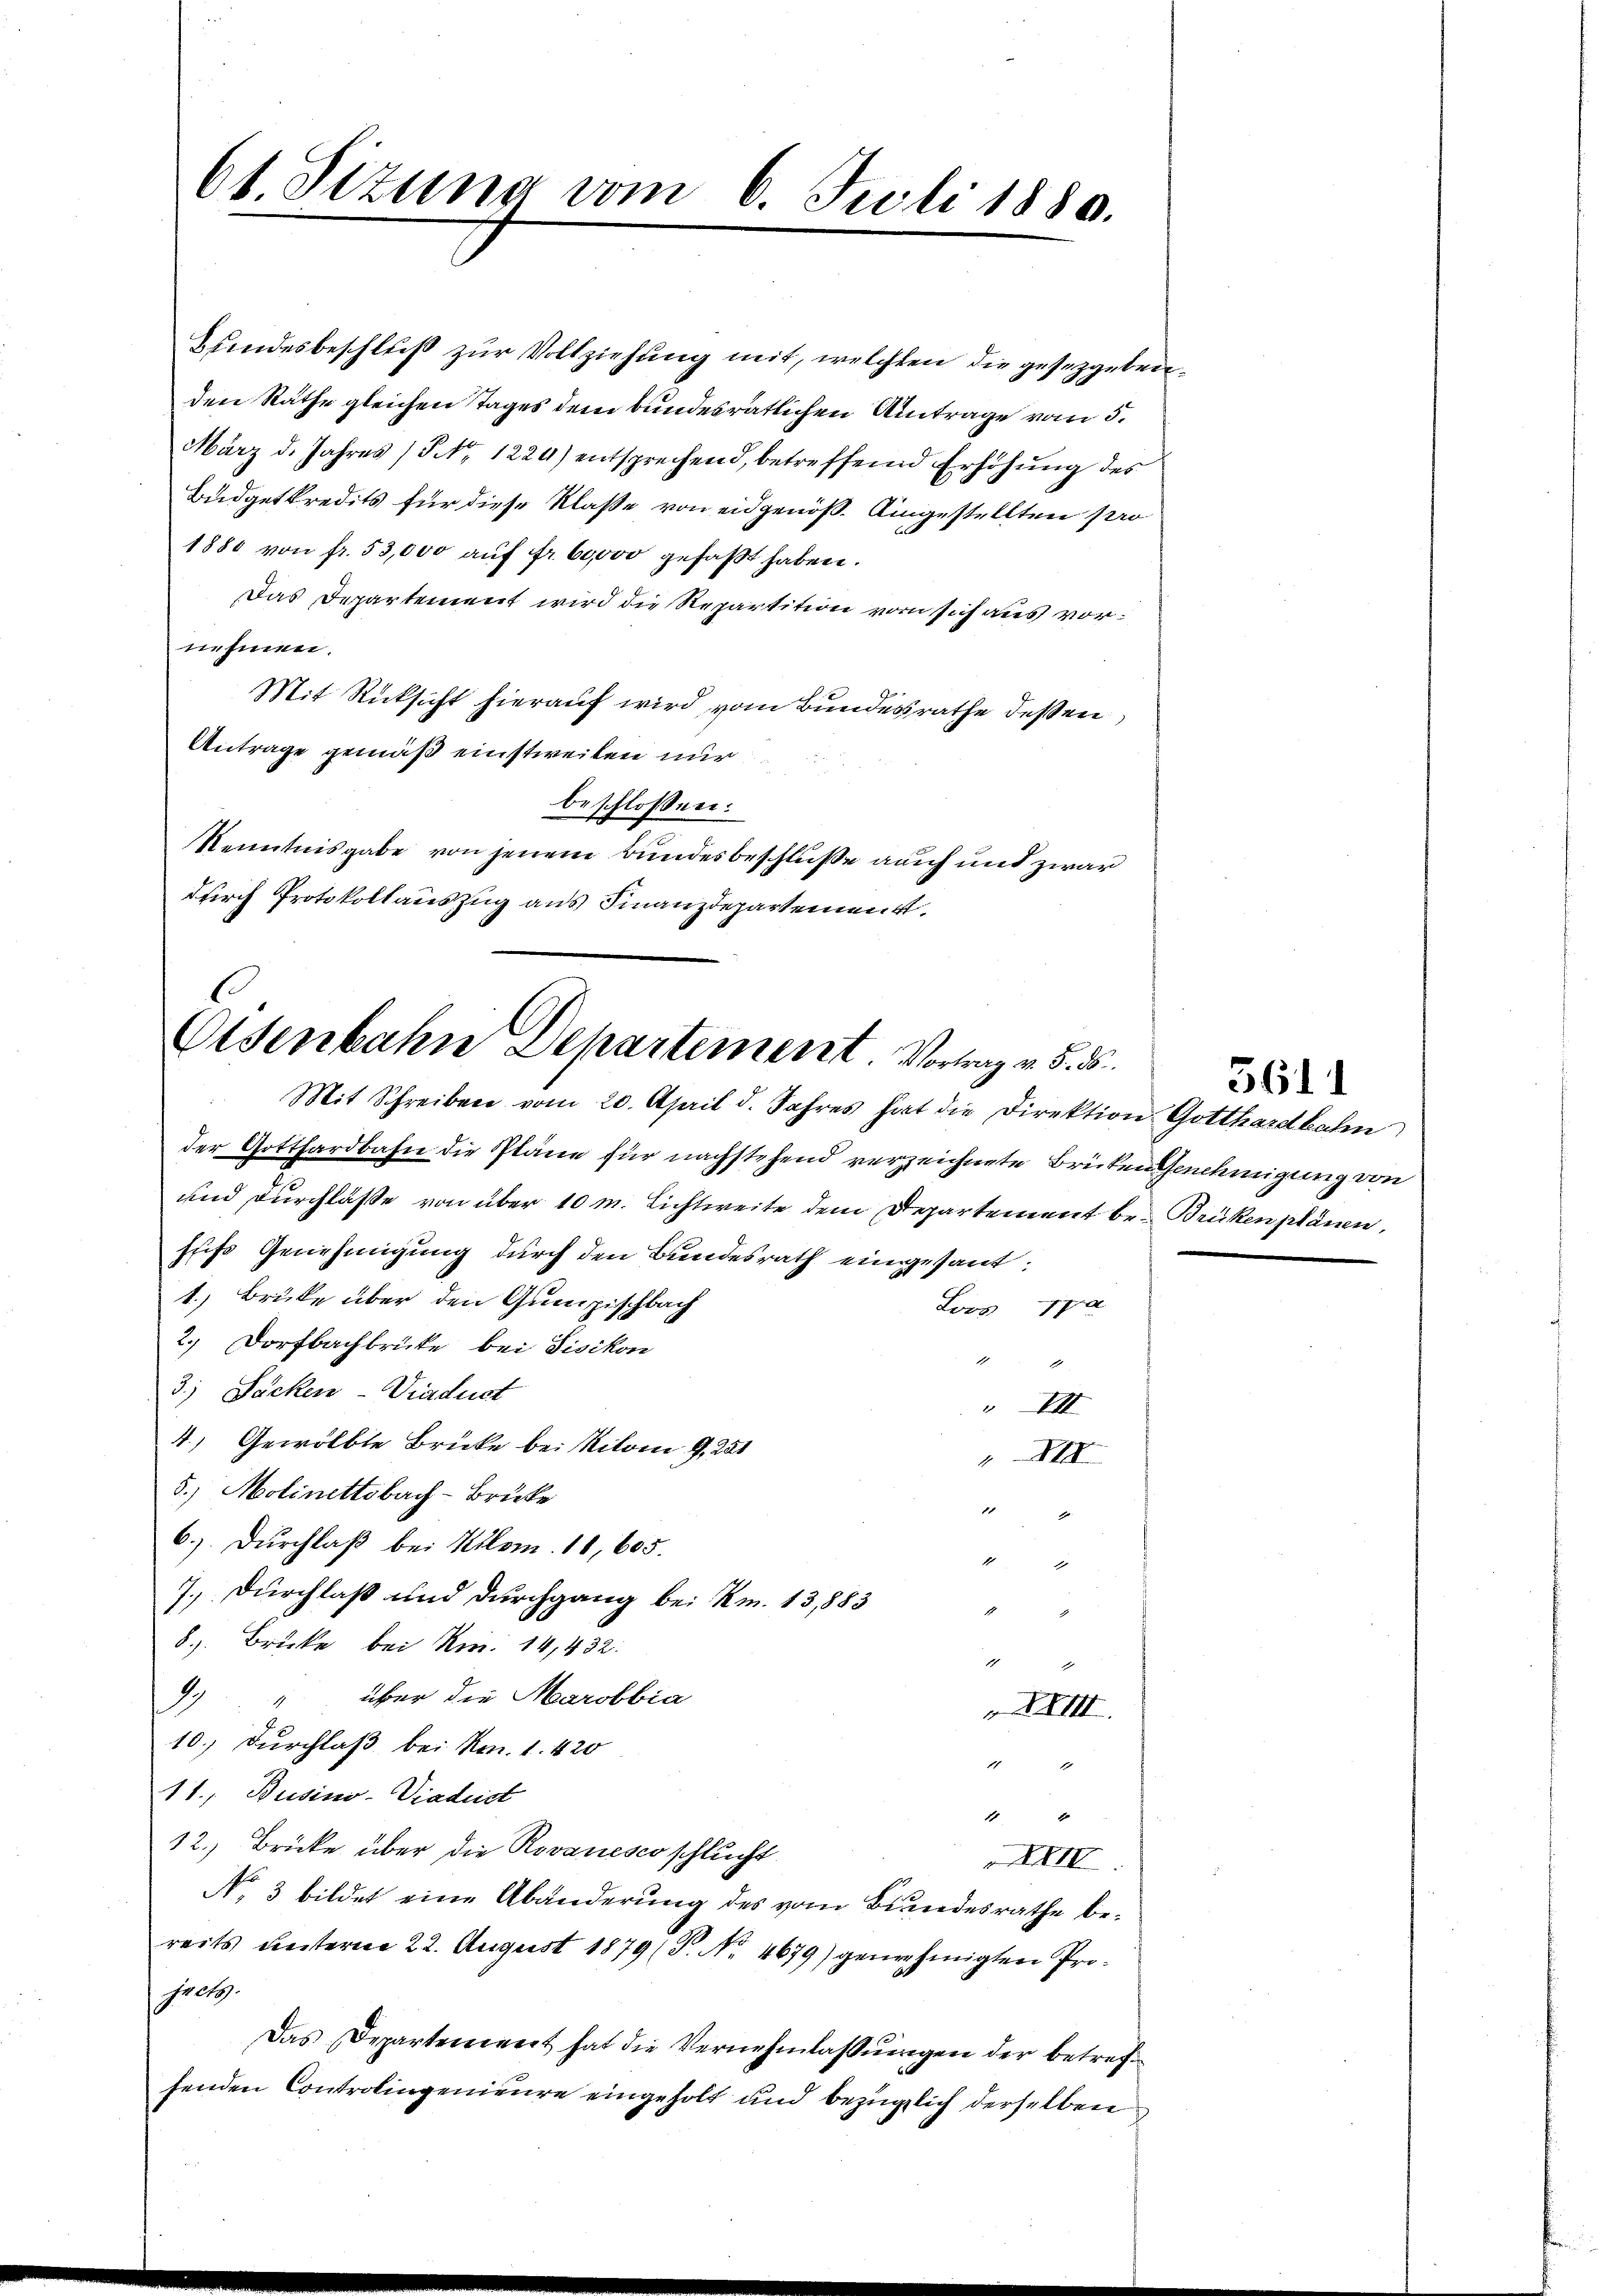
61. Sizung vom 6. Juli 1880.

Bundesbeschluß zur Vollziehung mit, welchen die gesetzgebenden Rathe gleichen Tages dem bundesrätlichen Antrage vom 5.
März d. Jahres (§ NNo. 1224) entsprechend, betreffend Erhöhung des
Budgetkredits für diese Klaße von eidgenöß. Eingestellten pro
1880 von fr. 53,000 aŭf fr. 60000 gefaßt haben.
Das Departement wird die Repartition vor sich aus vornehmen.
Mit Rücksicht hierauf wird vom Bundesrathe dessen
Antrage gemäß einstweilen nur
beschlossen:
Kenntnisgabe von jenem Bundesbeschluße auch und zwar
durch Protokollauszug aus Finanzdepartement.

Elsenbahn Departement Vortrag v. §. 5.

Mit Schreiben vom 20. April d. Jahres hat die Direktion Gotthardbahn
der Gotthardbahn die Pläne für nachstehend verzeichnete Brücken Genehmigung von
und Durchlasse von über 10 m. Lichtweite dem Departement be- Brückenplänen,
sfiß Genehmigung durch den Bundesrath eingesant,
1. Brücke über den Gumpischbach
Loos 172
2.) Dorfbachbrücke bei Tisikon
.
3.) Sachen-Viaduct
 VIII
4.) Gewölbte Brücke bei Kilomi G. 251
III
5.) Molinettobach–Brüke
1
e
6.) Durchlaß bei Kilom. 16,605.
1
e
7.) Durchlaß und durchgang bei Km. 13,883
E
8). Brücke bei R. 14, 432.
2
9) " über die Marobbia
 XXIII.
10.) Durchlaß bei No. 1. 420

11, Busino-Viaduct

12.) Brücke über die Rovanesco schlucht
XXII
No. 3 bildet eine Abänderung des vom Bundesrathe bereits unterm 22. August 1879; P. Nr. 4679) genehmigten Pro-
sick
Das Departement hat die Vernehmlassungen der betreffenden Controlingenieure eingeholt und bezüglich derselben

3611